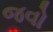
જવો